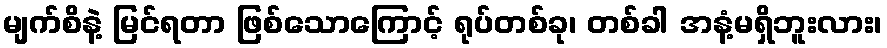
မျက်စိနဲ့ မြင်ရတာ ဖြစ်သောကြောင့် ရုပ်တစ်ခု၊ တစ်ခါ အနံ့မရှိဘူးလား၊